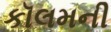
કૉલમની